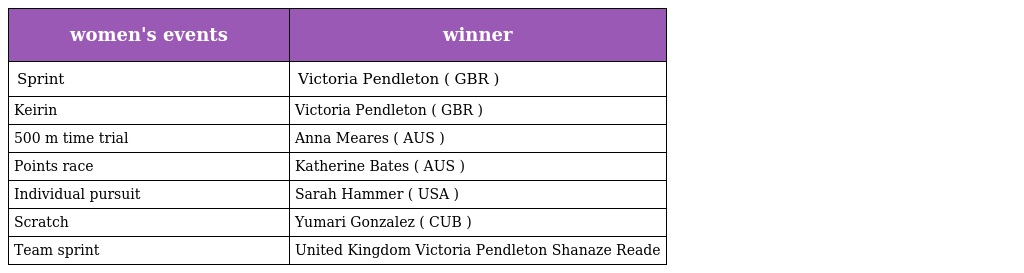
| women's events | winner |
 | --- | --- |
 | Sprint | Victoria Pendleton ( GBR ) |
 | Keirin | Victoria Pendleton ( GBR ) |
 | 500 m time trial | Anna Meares ( AUS ) |
 | Points race | Katherine Bates ( AUS ) |
 | Individual pursuit | Sarah Hammer ( USA ) |
 | Scratch | Yumari Gonzalez ( CUB ) |
 | Team sprint | United Kingdom Victoria Pendleton Shanaze Reade |